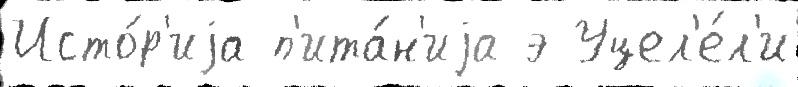
Исто́р'иjа п'ита́н'иjа э Уцел'е́л'и